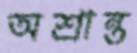
অশ্রান্ত